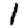
Digit: 1